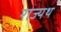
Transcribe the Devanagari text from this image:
राज्यथ